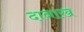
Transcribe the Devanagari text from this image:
दानाख